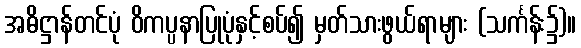
အဓိဋ္ဌာန်တင်ပုံ ဝိကပ္ပနာပြုပုံနှင့်စပ်၍ မှတ်သားဖွယ်ရာများ (သင်္ကန်း၌)။